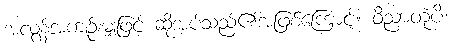
အလွန်အကျဉ်းမျှဖြင့် ဆိုအပ်သည်၏အဖြစ်ကြောင့်။ ဝိညာတုံပိ၊